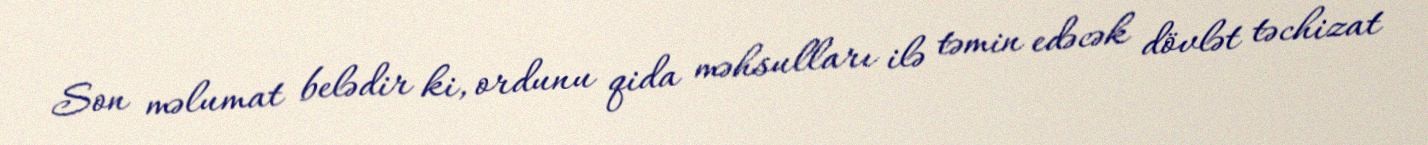
Son məlumat belədir ki, ordunu qida məhsulları ilə təmin edəcək dövlət təchizat